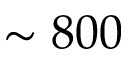
\sim 8 0 0